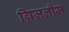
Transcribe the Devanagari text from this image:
ग्रिज़लीस